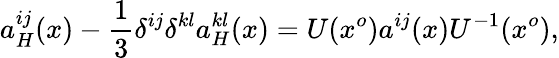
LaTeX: a_{H}^{ij}(x)-\frac{1}{3}\delta^{ij}\delta^{kl}a_{H}^{kl}(x)=U(x^{o})a^{ij}(x)U^{-1}(x^{o}),